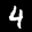
Label: 4